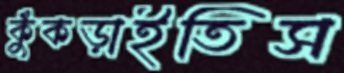
কুঁকড়াইতিস